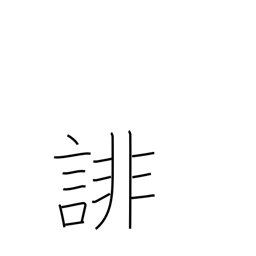
Meaning: slander